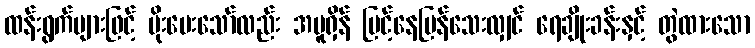
ထန်းရွက်များဖြင့် မိုးပေးသော်လည်း အပူရှိန် မြင့်နေပြန်သေးလျှင် ရေချိုးခန်းနှင့် တွဲထားသော